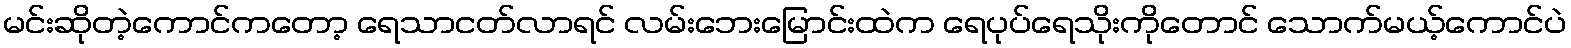
မင်းဆိုတဲ့ကောင်ကတော့ ရေသာငတ်လာရင် လမ်းဘေးမြောင်းထဲက ရေပုပ်ရေသိုးကိုတောင် သောက်မယ့်ကောင်ပဲ